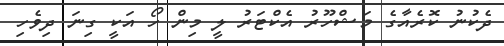
ދެކުނު ކޮރެއާގެ މަޝްހޫރު އެކްޓަރު ލީ މިން ހޯ އަކީ ގިނަ ދިވެހި